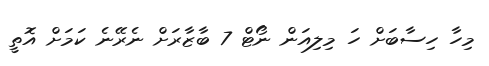
މިހާ ހިސާބަށް ހަ މިލިއަން ނޯޓް 7 ބާޒާރަށް ނެރޭނެ ކަމަށް އޮތީ